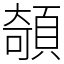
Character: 䫑